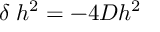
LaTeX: \delta \; h ^ { 2 } = - 4 D h ^ { 2 }